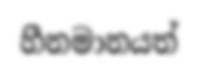
හීනමානයත්